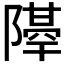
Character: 𨼣